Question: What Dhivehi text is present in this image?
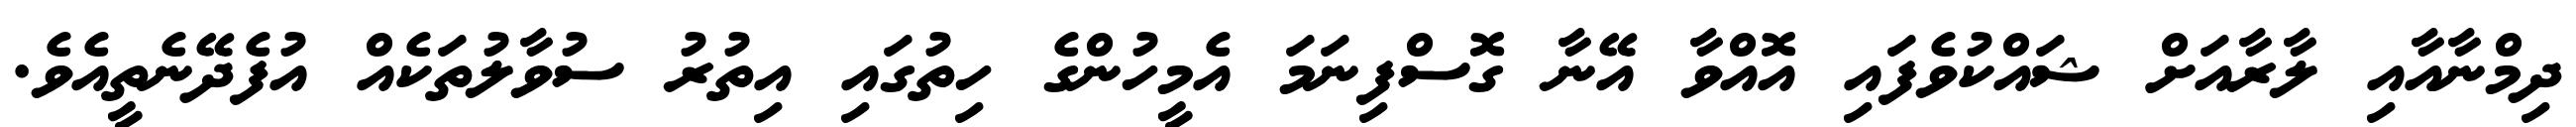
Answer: ދިމްނާއާއި ލާރާއަށް ޝައްކުވެފައި އޮއްވާ އޭނާ ގޮސްފިނަމަ އެމީހުންގެ ހިތުގައި އިތުރު ސުވާލުތަކެއް އުފެދޭނެތީއެވެ.